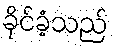
ခိုင်ခံ့သည်